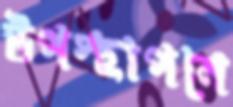
উপস্থাপনে